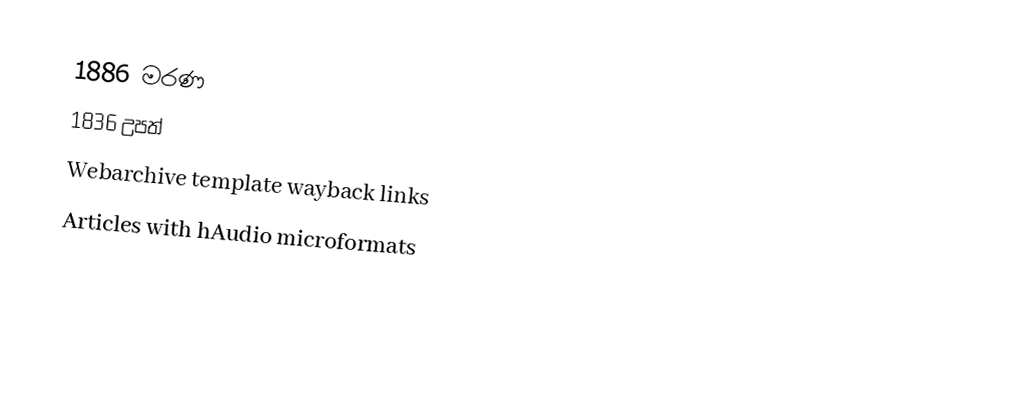
1886 මරණ
1836 උපත්
Webarchive template wayback links
Articles with hAudio microformats